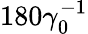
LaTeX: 180\gamma_{0}^{-1}